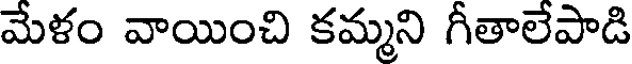
మేళం వాయించి కమ్మని గీతాలేపాడి